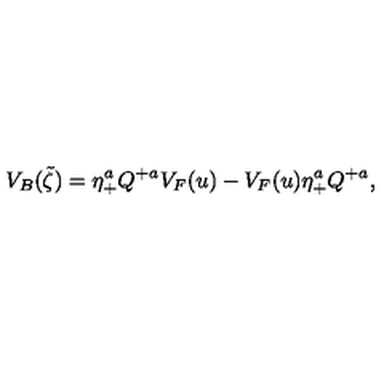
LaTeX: V _ { B } ( \tilde { \zeta } ) = \eta _ { + } ^ { a } Q ^ { + a } V _ { F } ( u ) - V _ { F } ( u ) \eta _ { + } ^ { a } Q ^ { + a } ,